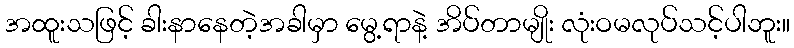
အထူးသဖြင့် ခါးနာနေတဲ့အခါမှာ မွေ့ရာနဲ့ အိပ်တာမျိုး လုံးဝမလုပ်သင့်ပါဘူး။